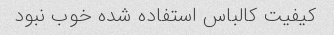
کیفیت کالباس استفاده شده خوب نبود